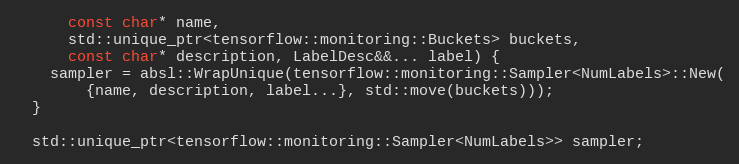
Language: C
      const char* name,
      std::unique_ptr<tensorflow::monitoring::Buckets> buckets,
      const char* description, LabelDesc&&... label) {
    sampler = absl::WrapUnique(tensorflow::monitoring::Sampler<NumLabels>::New(
        {name, description, label...}, std::move(buckets)));
  }

  std::unique_ptr<tensorflow::monitoring::Sampler<NumLabels>> sampler;